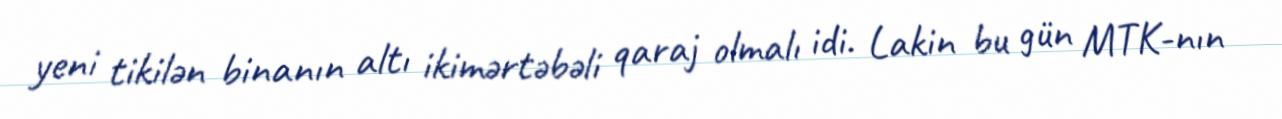
yeni tikilən binanın altı ikimərtəbəli qaraj olmalı idi. Lakin bu gün MTK-nın